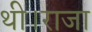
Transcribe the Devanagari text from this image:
थी।राजा